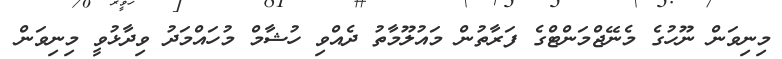
މިނިވަން ނޫހުގެ މެނޭޖްމަންޓްގެ ފަރާތުން މައުލޫމާތު ދެއްވި ހުޝާމް މުހައްމަދު ވިދާޅުވީ މިނިވަން